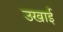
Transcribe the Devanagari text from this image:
उखाई